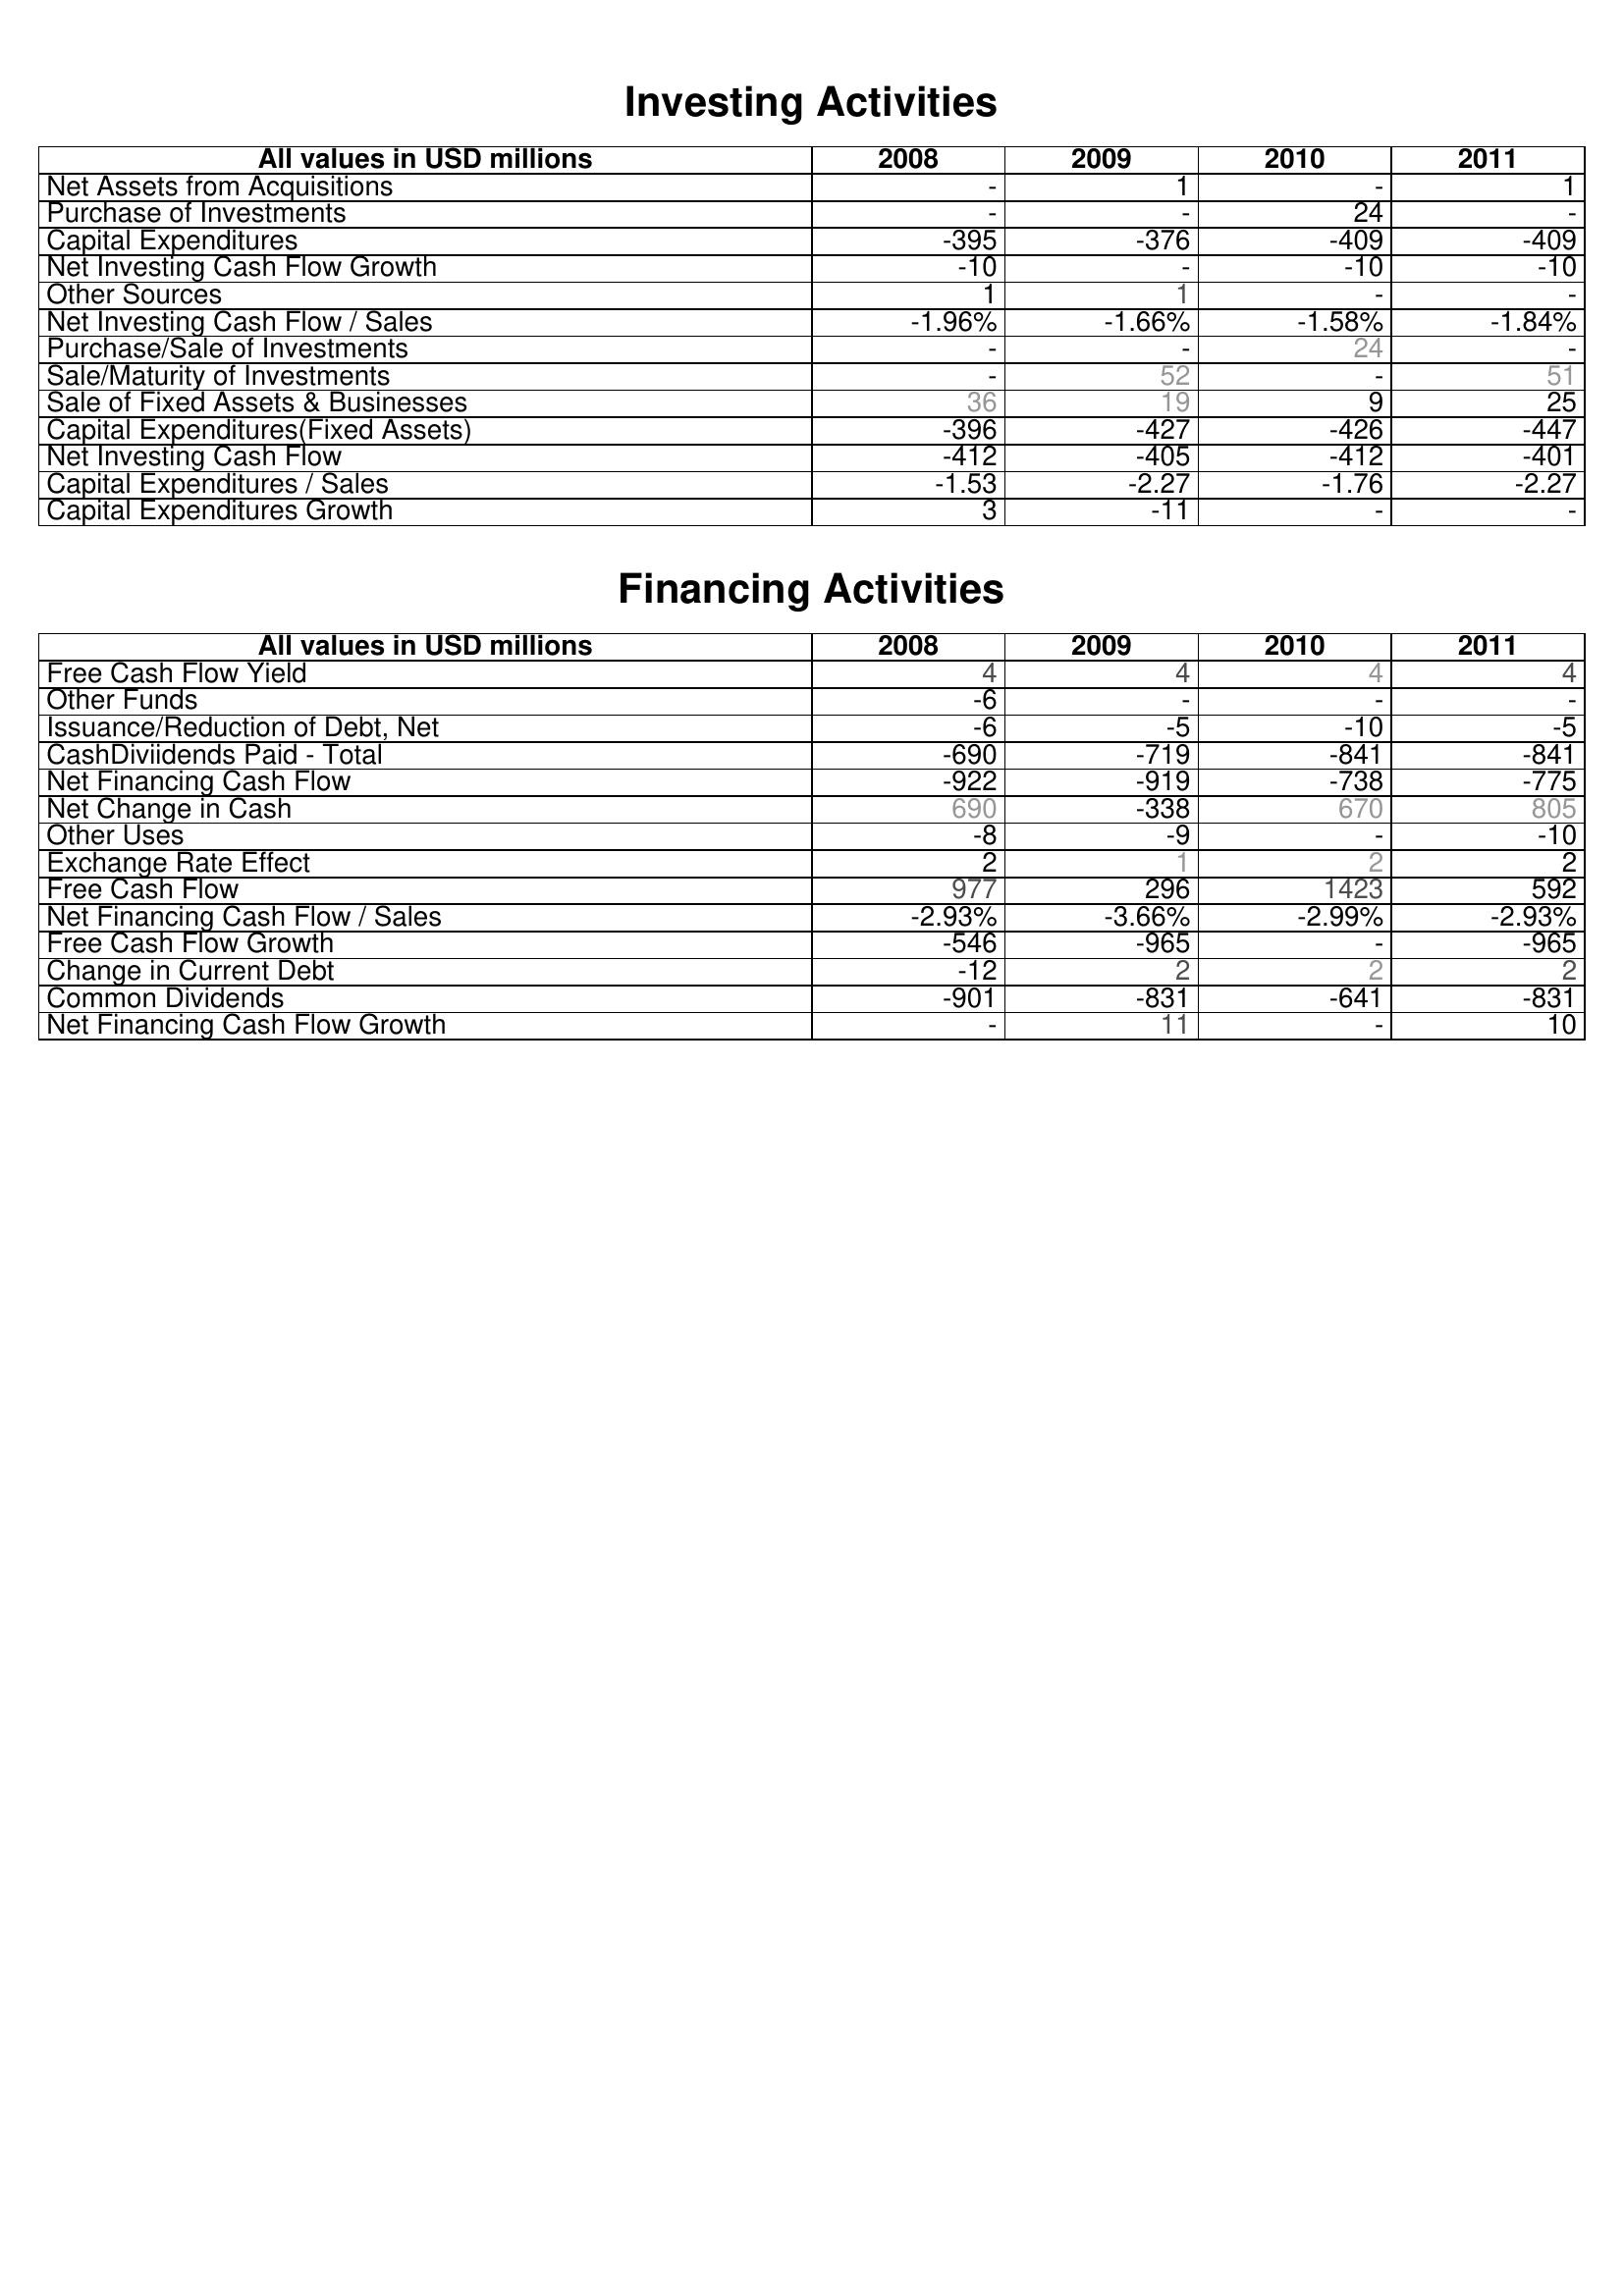
2008: Investing Activities: Net Assets from Acquisitions: -
Purchase of Investments: -
Capital Expenditures: -395
Net Investing Cash Flow Growth: -10
Other Sources: 1
Net Investing Cash Flow / Sales: -1.96%
Purchase/Sale of Investments: -
Sale/Maturity of Investments: -
Sale of Fixed Assets & Businesses: 36
Capital Expenditures(Fixed Assets): -396
Net Investing Cash Flow: -412
Capital Expenditures / Sales: -1.53
Capital Expenditures Growth: 3
Financing Activities: Free Cash Flow Yield: 4
Other Funds: -6
Issuance/Reduction of Debt, Net: -6
CashDiviidends Paid - Total: -690
Net Financing Cash Flow: -922
Net Change in Cash: 690
Other Uses: -8
Exchange Rate Effect: 2
Free Cash Flow: 977
Net Financing Cash Flow / Sales: -2.93%
Free Cash Flow Growth: -546
Change in Current Debt: -12
Common Dividends: -901
Net Financing Cash Flow Growth: -
2009: Investing Activities: Net Assets from Acquisitions: 1
Purchase of Investments: -
Capital Expenditures: -376
Net Investing Cash Flow Growth: -
Other Sources: 1
Net Investing Cash Flow / Sales: -1.66%
Purchase/Sale of Investments: -
Sale/Maturity of Investments: 52
Sale of Fixed Assets & Businesses: 19
Capital Expenditures(Fixed Assets): -427
Net Investing Cash Flow: -405
Capital Expenditures / Sales: -2.27
Capital Expenditures Growth: -11
Financing Activities: Free Cash Flow Yield: 4
Other Funds: -
Issuance/Reduction of Debt, Net: -5
CashDiviidends Paid - Total: -719
Net Financing Cash Flow: -919
Net Change in Cash: -338
Other Uses: -9
Exchange Rate Effect: 1
Free Cash Flow: 296
Net Financing Cash Flow / Sales: -3.66%
Free Cash Flow Growth: -965
Change in Current Debt: 2
Common Dividends: -831
Net Financing Cash Flow Growth: 11
2010: Investing Activities: Net Assets from Acquisitions: -
Purchase of Investments: 24
Capital Expenditures: -409
Net Investing Cash Flow Growth: -10
Other Sources: -
Net Investing Cash Flow / Sales: -1.58%
Purchase/Sale of Investments: 24
Sale/Maturity of Investments: -
Sale of Fixed Assets & Businesses: 9
Capital Expenditures(Fixed Assets): -426
Net Investing Cash Flow: -412
Capital Expenditures / Sales: -1.76
Capital Expenditures Growth: -
Financing Activities: Free Cash Flow Yield: 4
Other Funds: -
Issuance/Reduction of Debt, Net: -10
CashDiviidends Paid - Total: -841
Net Financing Cash Flow: -738
Net Change in Cash: 670
Other Uses: -
Exchange Rate Effect: 2
Free Cash Flow: 1423
Net Financing Cash Flow / Sales: -2.99%
Free Cash Flow Growth: -
Change in Current Debt: 2
Common Dividends: -641
Net Financing Cash Flow Growth: -
2011: Investing Activities: Net Assets from Acquisitions: 1
Purchase of Investments: -
Capital Expenditures: -409
Net Investing Cash Flow Growth: -10
Other Sources: -
Net Investing Cash Flow / Sales: -1.84%
Purchase/Sale of Investments: -
Sale/Maturity of Investments: 51
Sale of Fixed Assets & Businesses: 25
Capital Expenditures(Fixed Assets): -447
Net Investing Cash Flow: -401
Capital Expenditures / Sales: -2.27
Capital Expenditures Growth: -
Financing Activities: Free Cash Flow Yield: 4
Other Funds: -
Issuance/Reduction of Debt, Net: -5
CashDiviidends Paid - Total: -841
Net Financing Cash Flow: -775
Net Change in Cash: 805
Other Uses: -10
Exchange Rate Effect: 2
Free Cash Flow: 592
Net Financing Cash Flow / Sales: -2.93%
Free Cash Flow Growth: -965
Change in Current Debt: 2
Common Dividends: -831
Net Financing Cash Flow Growth: 10